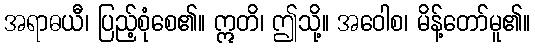
အရာဓယီ၊ ပြည့်စုံစေ၏။ ဣတိ၊ ဤသို့။ အဝေါစ၊ မိန့်တော်မူ၏။